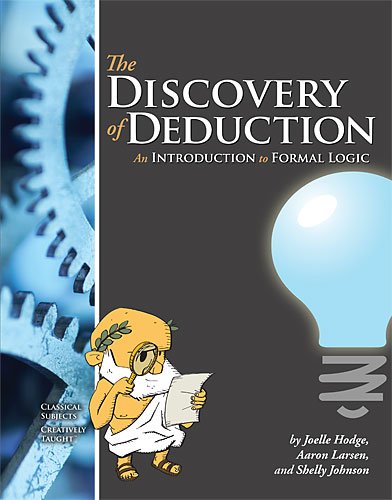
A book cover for Discovery of Deduction; Aaron Larsen; Teen & Young Adult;